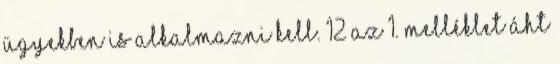
ügyekben is alkalmazni kell. 12 Az 1. melléklet ÁHT